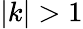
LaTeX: |k|>1